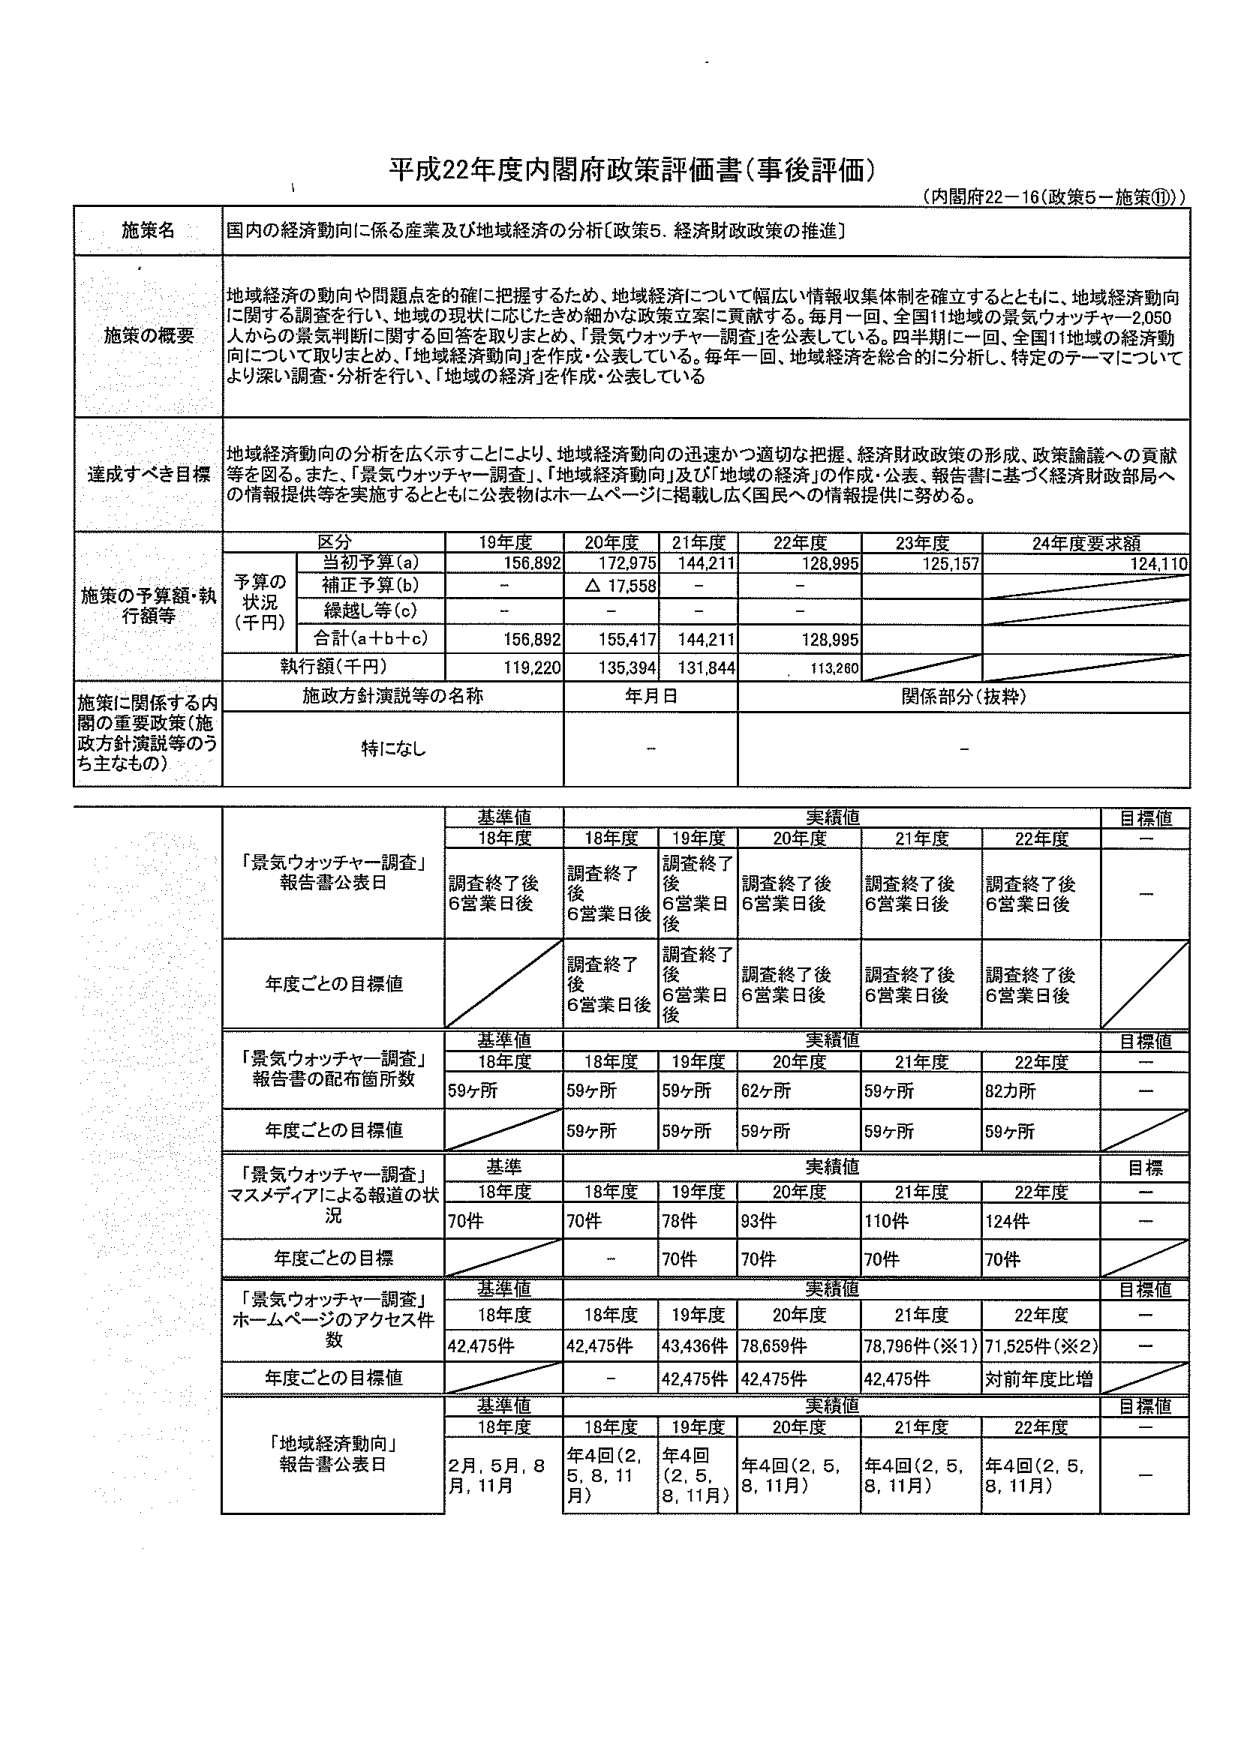
平成22年度内閣府政策評価書（事後評価）
（内閣府22－16（政策5－施策⑪））

施策名
国内の経済動向に係る産業及び地域経済の分析〔政策5．経済財政政策の推進〕

施策の概要
地域経済の動向や問題点を的確に把握するため、地域経済について幅広い情報収集体制を確立するとともに、地域経済動向に関する調査を行い、地域の現状に応じたきめ細かな政策立案に貢献する。毎月一回、全国11地域の景気ウォッチャー2,050人からの景気判断に関する回答を取りまとめ、「景気ウォッチャー調査」を公表している。四半期に一回、全国11地域の経済動向について取りまとめ、「地域経済動向」を作成・公表している。毎年一回、地域経済を総合的に分析し、特定のテーマについてより深い調査・分析を行い、「地域の経済」を作成・公表している。

達成すべき目標
地域経済動向の分析を広く示すことにより、地域経済動向の迅速かつ適切な把握、経済財政政策の形成、政策論議への貢献等を図る。また、「景気ウォッチャー調査」、「地域経済動向」及び「地域の経済」の作成・公表、報告書に基づく経済財政局への情報提供等を実施するとともに公表物はホームページに掲載し広く国民への情報提供に努める。

施策の予算額・執行額等
区分 19年度 20年度 21年度 22年度 23年度 24年度要求額
予算の状況（千円）
　当初予算（a） 156,892 172,975 144,211 128,995 125,157 124,110
　補正予算（b） － △17,558 － －
　繰越し等（c） － － － －
　合計（a＋b＋c） 156,892 155,417 144,211 128,995
執行額（千円） 119,220 135,394 131,844 113,260

施策に関係する内閣の重要政策（施策方針演説等のうち主なもの）
施策方針演説等の名称 年月日 関係部分（抜粋）
特になし － －

「景気ウォッチャー調査」報告書公表日
基準値 実績値 目標値
18年度 18年度 19年度 20年度 21年度 22年度
調査終了後6営業日後 調査終了後6営業日後 調査終了後6営業日後 調査終了後6営業日後 調査終了後6営業日後 調査終了後6営業日後 －
年度ごとの目標値 調査終了後6営業日後 調査終了後6営業日後 調査終了後6営業日後 調査終了後6営業日後 調査終了後6営業日後 調査終了後6営業日後 －

「景気ウォッチャー調査」報告書の配布箇所数
基準値 実績値 目標値
18年度 18年度 19年度 20年度 21年度 22年度
59ヶ所 59ヶ所 59ヶ所 62ヶ所 59ヶ所 82カ所 －
年度ごとの目標値 59ヶ所 59ヶ所 59ヶ所 59ヶ所 59ヶ所 －

「景気ウォッチャー調査」マスメディアによる報道の状況
基準 実績値 目標
18年度 18年度 19年度 20年度 21年度 22年度
70件 70件 78件 93件 110件 124件 －
年度ごとの目標 － 70件 70件 70件 70件 －

「景気ウォッチャー調査」ホームページのアクセス件数
基準値 実績値 目標値
18年度 18年度 19年度 20年度 21年度 22年度
42,475件 42,475件 43,436件 78,659件 78,796件（※1） 71,525件（※2） －
年度ごとの目標値 － 42,475件 42,475件 42,475件 対前年度比増 －

「地域経済動向」報告書公表日
基準値 実績値 目標値
18年度 18年度 19年度 20年度 21年度 22年度
2月、5月、8月、11月 年4回（2、5、8、11月） 年4回（2、5、8、11月） 年4回（2、5、8、11月） 年4回（2、5、8、11月） 年4回（2、5、8、11月） －